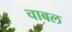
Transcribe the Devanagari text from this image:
चाबल